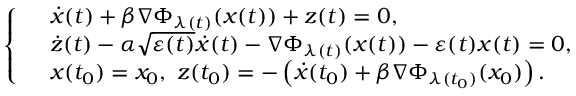
\left\{ \begin{array} { l l } & { \dot { x } ( t ) + \beta \nabla \Phi _ { \lambda ( t ) } ( x ( t ) ) + z ( t ) = 0 , } \\ & { \dot { z } ( t ) - \alpha \sqrt { \varepsilon ( t ) } \dot { x } ( t ) - \nabla \Phi _ { \lambda ( t ) } ( x ( t ) ) - \varepsilon ( t ) x ( t ) = 0 , } \\ & { x ( t _ { 0 } ) = x _ { 0 } , \ z ( t _ { 0 } ) = - \left( \dot { x } ( t _ { 0 } ) + \beta \nabla \Phi _ { \lambda ( t _ { 0 } ) } ( x _ { 0 } ) \right) . } \end{array} \right.